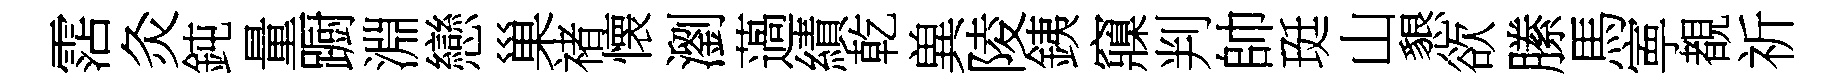
霑灸鈍量蹰淵戀巢禇懐瀏薖績乾兾陵銕䆿判帥珽山懇欲縢馬寕覩祈